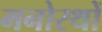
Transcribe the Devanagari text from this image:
मनोरथों